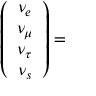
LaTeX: \left( \begin{array} { c } { { \nu _ { e } } } \\ { { \nu _ { \mu } } } \\ { { \nu _ { \tau } } } \\ { { \nu _ { s } } } \end{array} \right) =